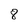
Character: 8